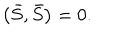
LaTeX: \left( \bar { S } , \bar { S } \right) = 0 .